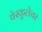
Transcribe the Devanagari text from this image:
वेस्कुलेचर